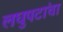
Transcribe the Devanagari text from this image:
लघुपटांचा